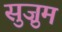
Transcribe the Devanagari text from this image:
सुज़ुम